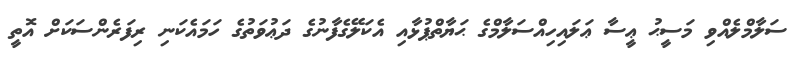
ސަލާމްލެއްވި މަސީޙު ޢީސާ ޢަލައިހިއްސަލާމްގެ ޙަޔާތްޕުޅާއި އެކަލޭގެފާނުގެ ދަޢުވަތުގެ ހަމައެކަނި ރިފަރެންސަކަށް އޮތީ